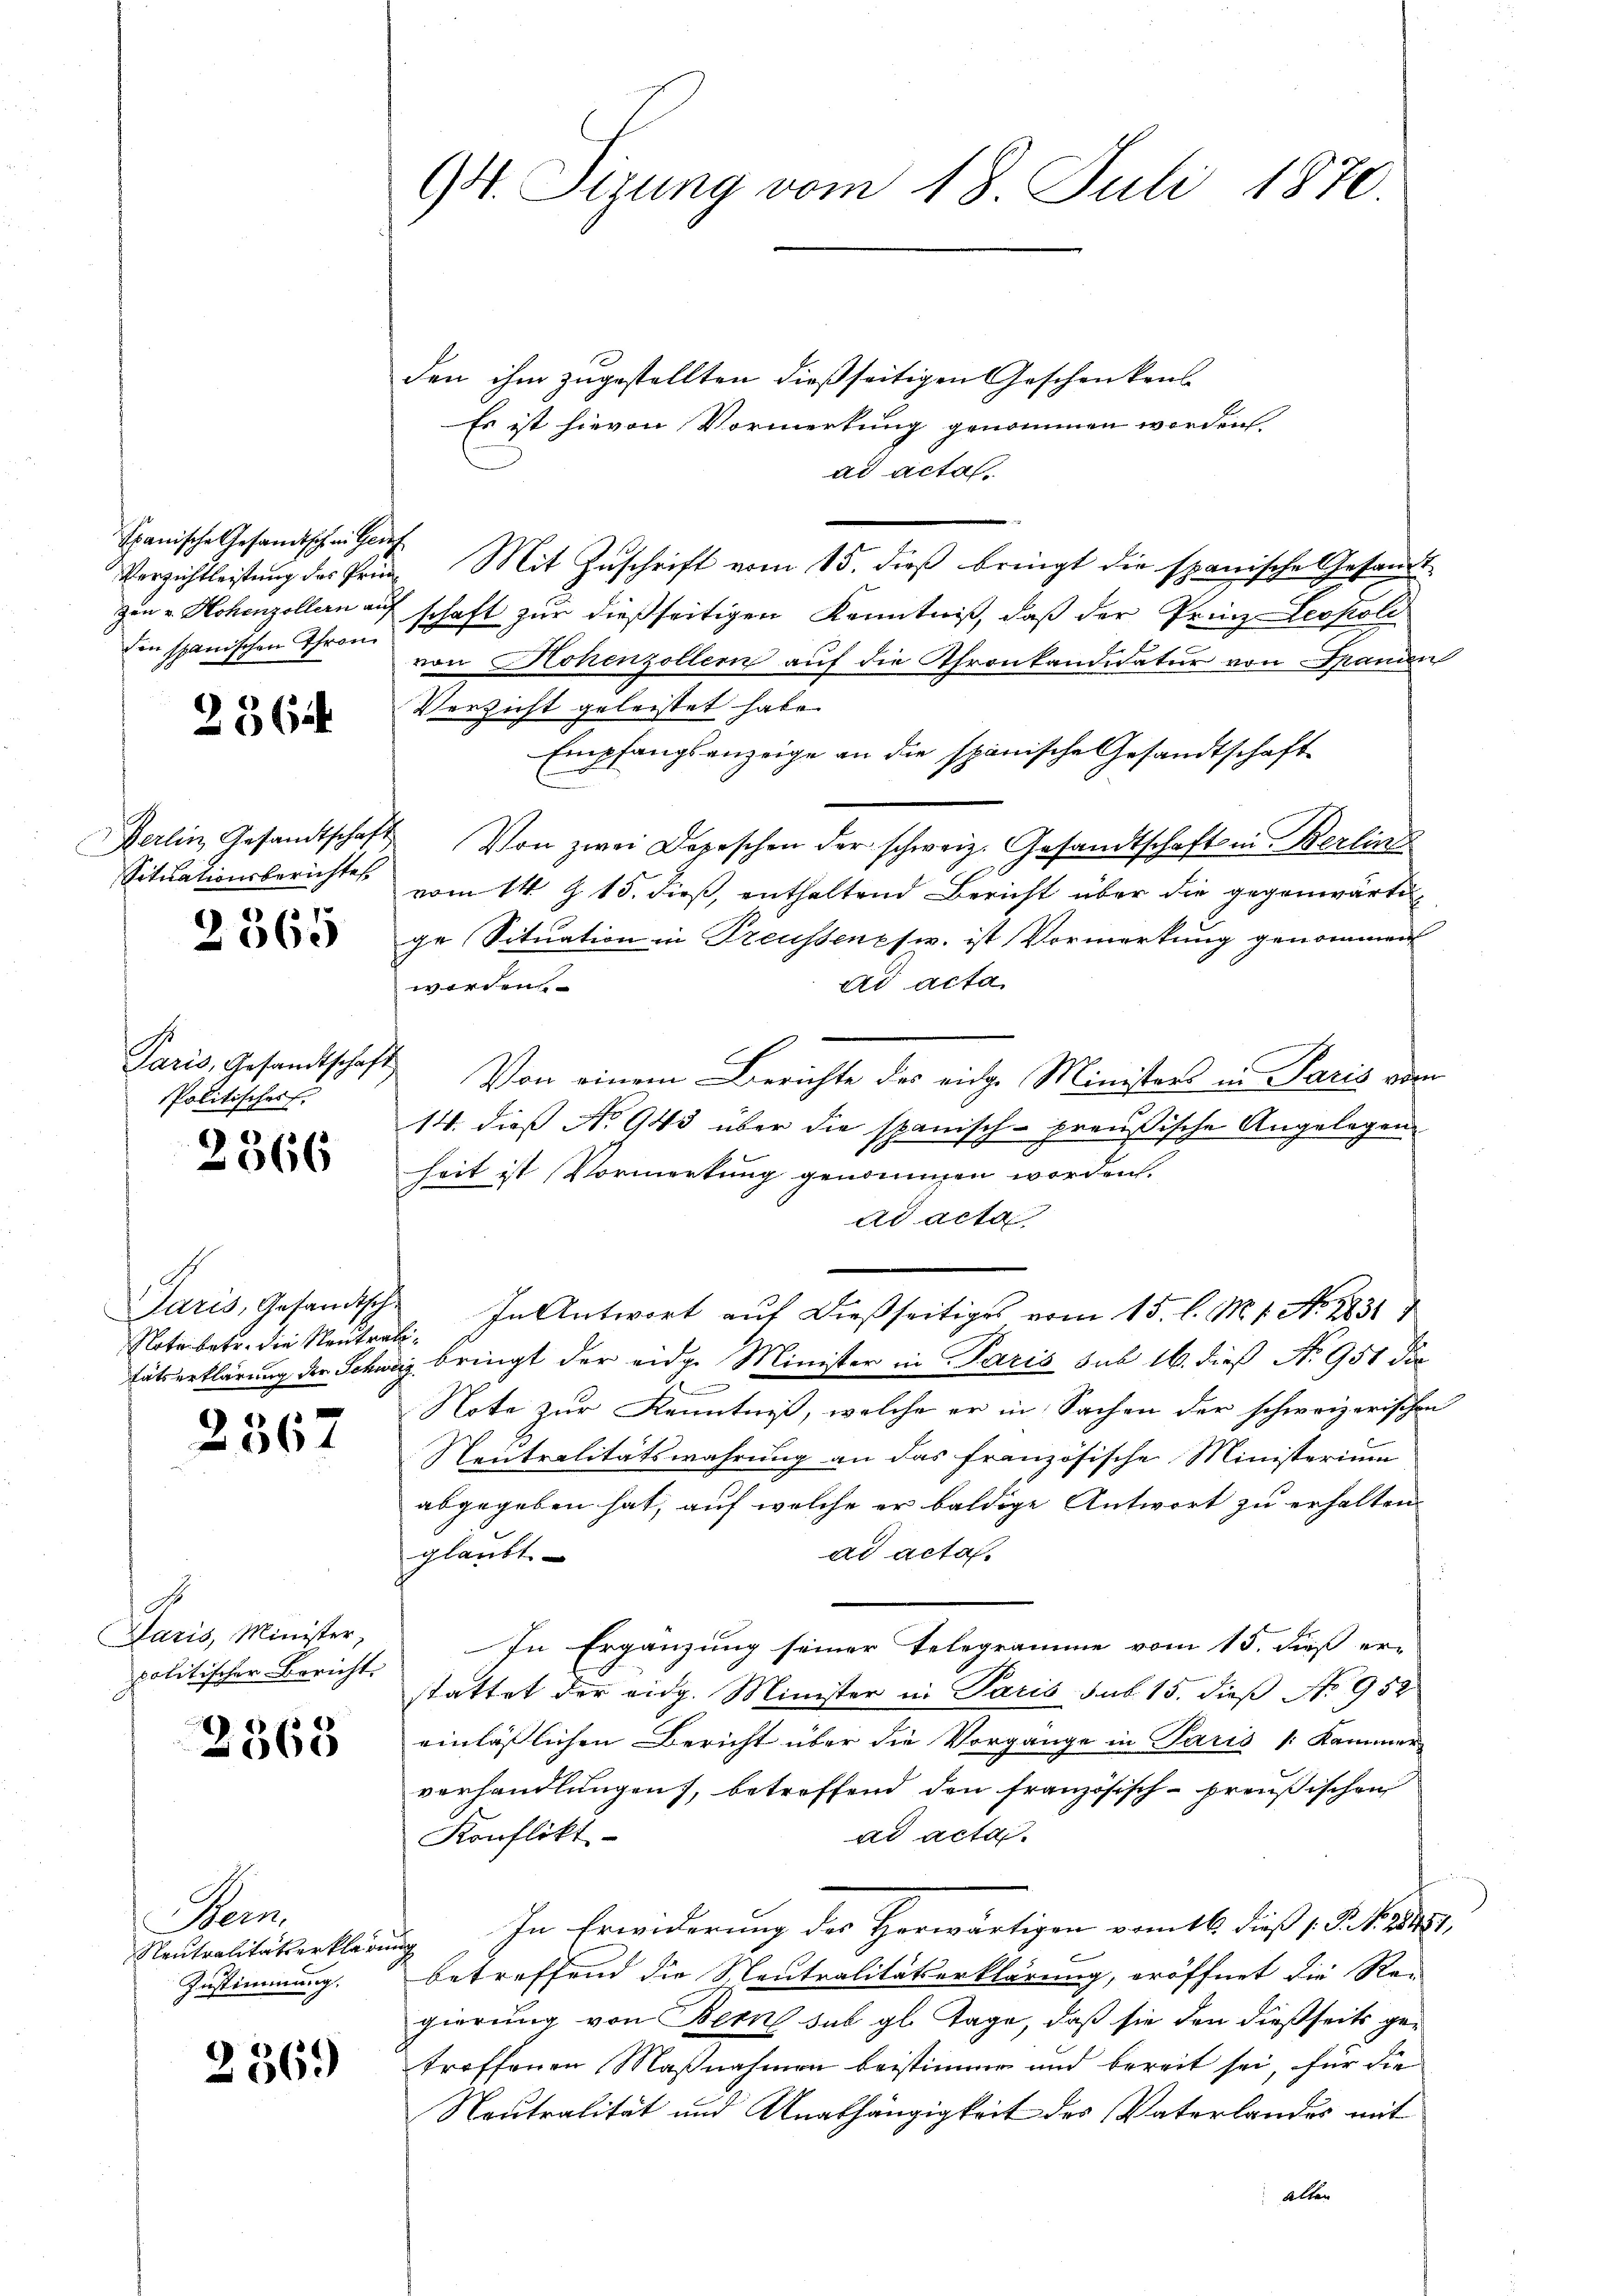
Spanische Gesandtschen Hauf
zen v. Hohenzollern auf
den spanischen Thron

2564.

Situationsberichtes

2565

Paris, Gesandtschaft
Politischer

2366

Paris, Gesandtsche
Note betr. die Neutrati¬

2367

Paris, Minister,
politischer Bericht.

2568

Bei
Neutralitätserklärung
Zustimmung.

2369

94. Sizung vom 18. Juli 1870.

den ihm zugestellten dießseitigen Geschenkens
Es ist hievon Vormerkung genommen worden
ad acta
Verzichtleistung des Prin. Mit Zuschrift vom 15. dieß bringt die spanische Gesandt
schaft zur dießseitigen Kenntniß, daß der Prinz Leopold
von Hohenzollern auf die Thronkandidatur von Spanien
Verzicht geleistet habe.
Empfangsanzeige an die spanische Gesandtschaft
Berlin Gesandtschaft Von zwei Depeschen der schweiz. Gesandtschaft in Berlin
vom 14. Z. 15. dieß, enthaltend Bericht über die gegenwärtige Situation in Preussenes. ist Vormerkung genommen
ad acta
werden
Von einem Berichte des eidg. Ministers in Paris vom
14. dieß No 943 über die sch
canisch-preußische Angelegen
1
heit ist Vormerkung genommen worden.
ad acta
In Antwort auf dießseitiges vom 15. l. M. 1. No. 1831
tätserklärung der Schweiz bringt der eidge Minister in Paris sub 16. dieß No 951 die
Be
Note zur Kenntniß, welche er in Sachen der schweizerischen
Neutralitätswahrung an das französische Ministerium
abgegeben hat, auf welche er baldige Antwort zu erhalten |
ad acta.
glaubt.
In Ergänzung seiner Telegramme vom 15. dieß er-
stattet der eidg. Minister in Paris sub 15. dieß No 952
einlässlichen Bericht über die Vorgänge in Paris /:Kammer
verhandlungen), betreffend den französisch-preußischen
ad acta.
Konflikt
In Erwiderung der Herwärtigen vom 16. dieß s. Feb. 1887,
betreffend die Neutralitätserklärung, eröffnet die Re-
gierung von Bern sub gl. Tage, daß sie den dießseits getroffenen Maßnahmen beistimme und bereit sei, für die
Neutralität und Unabhängigkeit des Vaterlandes mit
alten